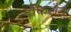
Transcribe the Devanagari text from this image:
रॉकलैंड